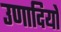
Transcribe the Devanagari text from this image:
उणादियों